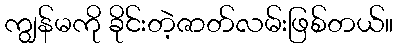
ကျွန်မကို ခိုင်းတဲ့ဇာတ်လမ်းဖြစ်တယ်။